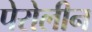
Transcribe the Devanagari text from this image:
पेरोलीन